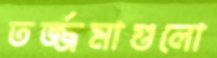
তর্জ্জমাগুলো